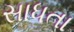
સાધતા